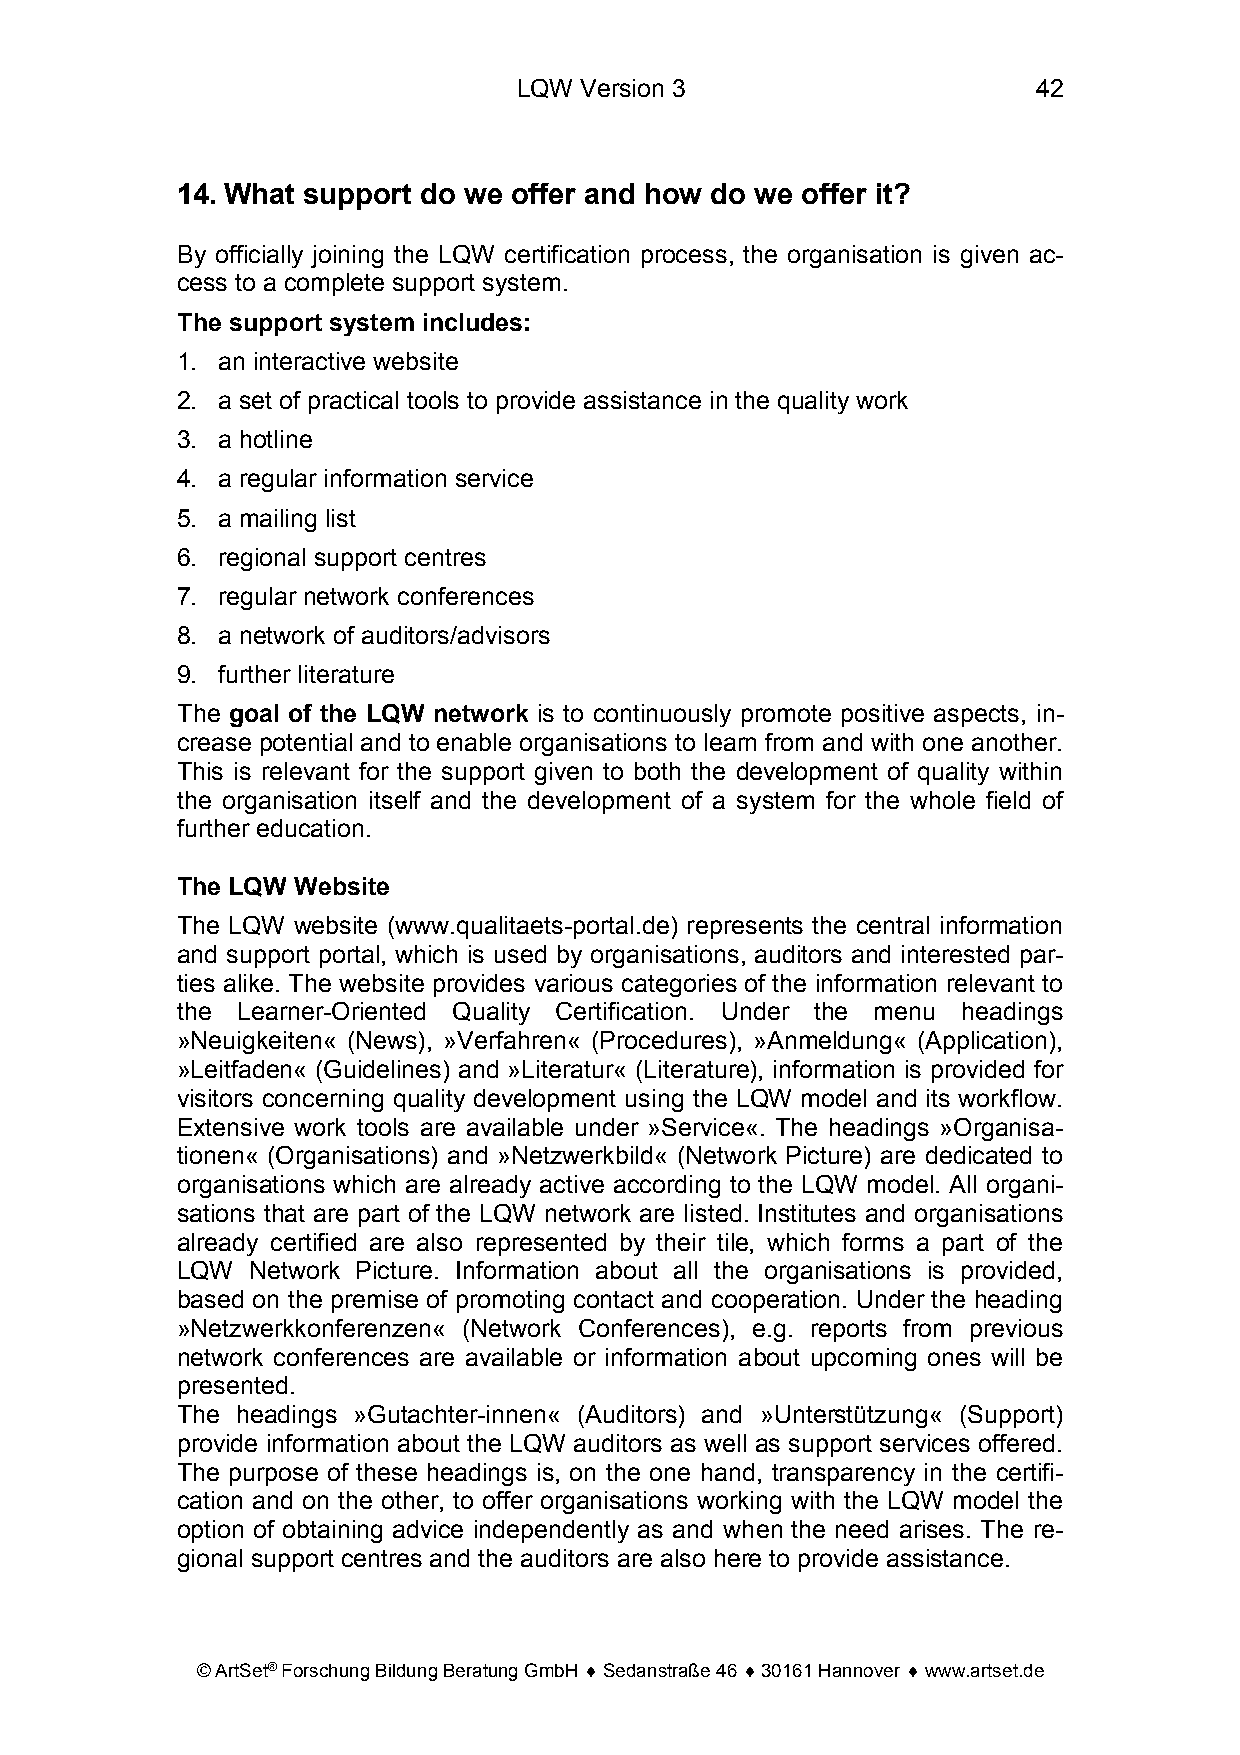
LQW Version 3                      42
 14. What support do we offer and how do we offer it?
 By officially joining the LQW certification process, the organisation is given ac-
 cess to a complete support system.
 The support system includes:
 1. an interactive website
 2. a set of practical tools to provide assistance in the quality work
 3. a hotline
 4. a regular information service
 5. a mailing list
 6. regional support centres
 7. regular network conferences
 8. a network of auditors/advisors
 9. further literature
 The goal of the LQW network is to continuously promote positive aspects, in-
 crease potential and to enable organisations to learn from and with one another.
 This is relevant for the support given to both the development of quality within
 the organisation itself and the development of a system for the whole field of
 further education.
 The LQW Website
 The LQW website (www.qualitaets-portal.de) represents the central information
 and support portal, which is used by organisations, auditors and interested par-
 ties alike. The website provides various categories of the information relevant to
 the Learner-Oriented Quality Certification. Under the menu headings
 »Neuigkeiten« (News), »Verfahren« (Procedures), »Anmeldung« (Application),
 »Leitfaden« (Guidelines) and »Literatur« (Literature), information is provided for
 visitors concerning quality development using the LQW model and its workflow.
 Extensive work tools are available under »Service«. The headings »Organisa-
 tionen« (Organisations) and »Netzwerkbild« (Network Picture) are dedicated to
 organisations which are already active according to the LQW model. All organi-
 sations that are part of the LQW network are listed. Institutes and organisations
 already certified are also represented by their tile, which forms a part of the
 LQW  Network Picture. Information about all the organisations is provided,
 based on the premise of promoting contact and cooperation. Under the heading
 »Netzwerkkonferenzen« (Network Conferences), e.g. reports from previous
 network conferences are available or information about upcoming ones will be
 presented.
 The headings »Gutachter-innen« (Auditors) and »Unterstützung« (Support)
 provide information about the LQW auditors as well as support services offered.
 The purpose of these headings is, on the one hand, transparency in the certifi-
 cation and on the other, to offer organisations working with the LQW model the
 option of obtaining advice independently as and when the need arises. The re-
 gional support centres and the auditors are also here to provide assistance.
 © ArtSet® Forschung Bildung Beratung GmbH ♦ Sedanstraße 46 ♦ 30161 Hannover ♦ www.artset.de